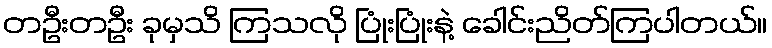
တဦးတဦး ခုမှသိ ကြသလို ပြုံးပြုံးနဲ့ ခေါင်းညိတ်ကြပါတယ်။